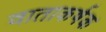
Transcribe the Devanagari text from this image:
वाताकर्षक